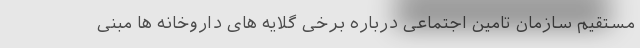
مستقیم سازمان تامین اجتماعی درباره برخی گلایه های داروخانه ها مبنی